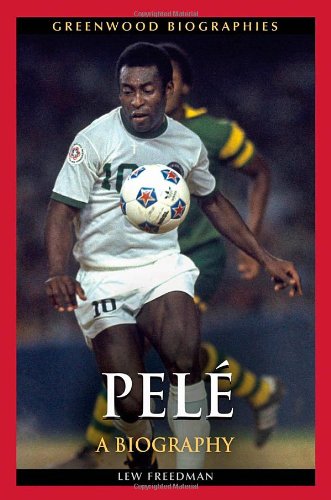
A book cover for PelÃ©: A Biography (Greenwood Biographies); Lew Freedman; Sports & Outdoors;